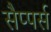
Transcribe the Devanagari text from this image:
सैप्पर्स